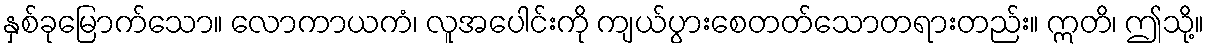
နှစ်ခုမြောက်သော။ လောကာယကံ၊ လူအပေါင်းကို ကျယ်ပွားစေတတ်သောတရားတည်း။ ဣတိ၊ ဤသို့။